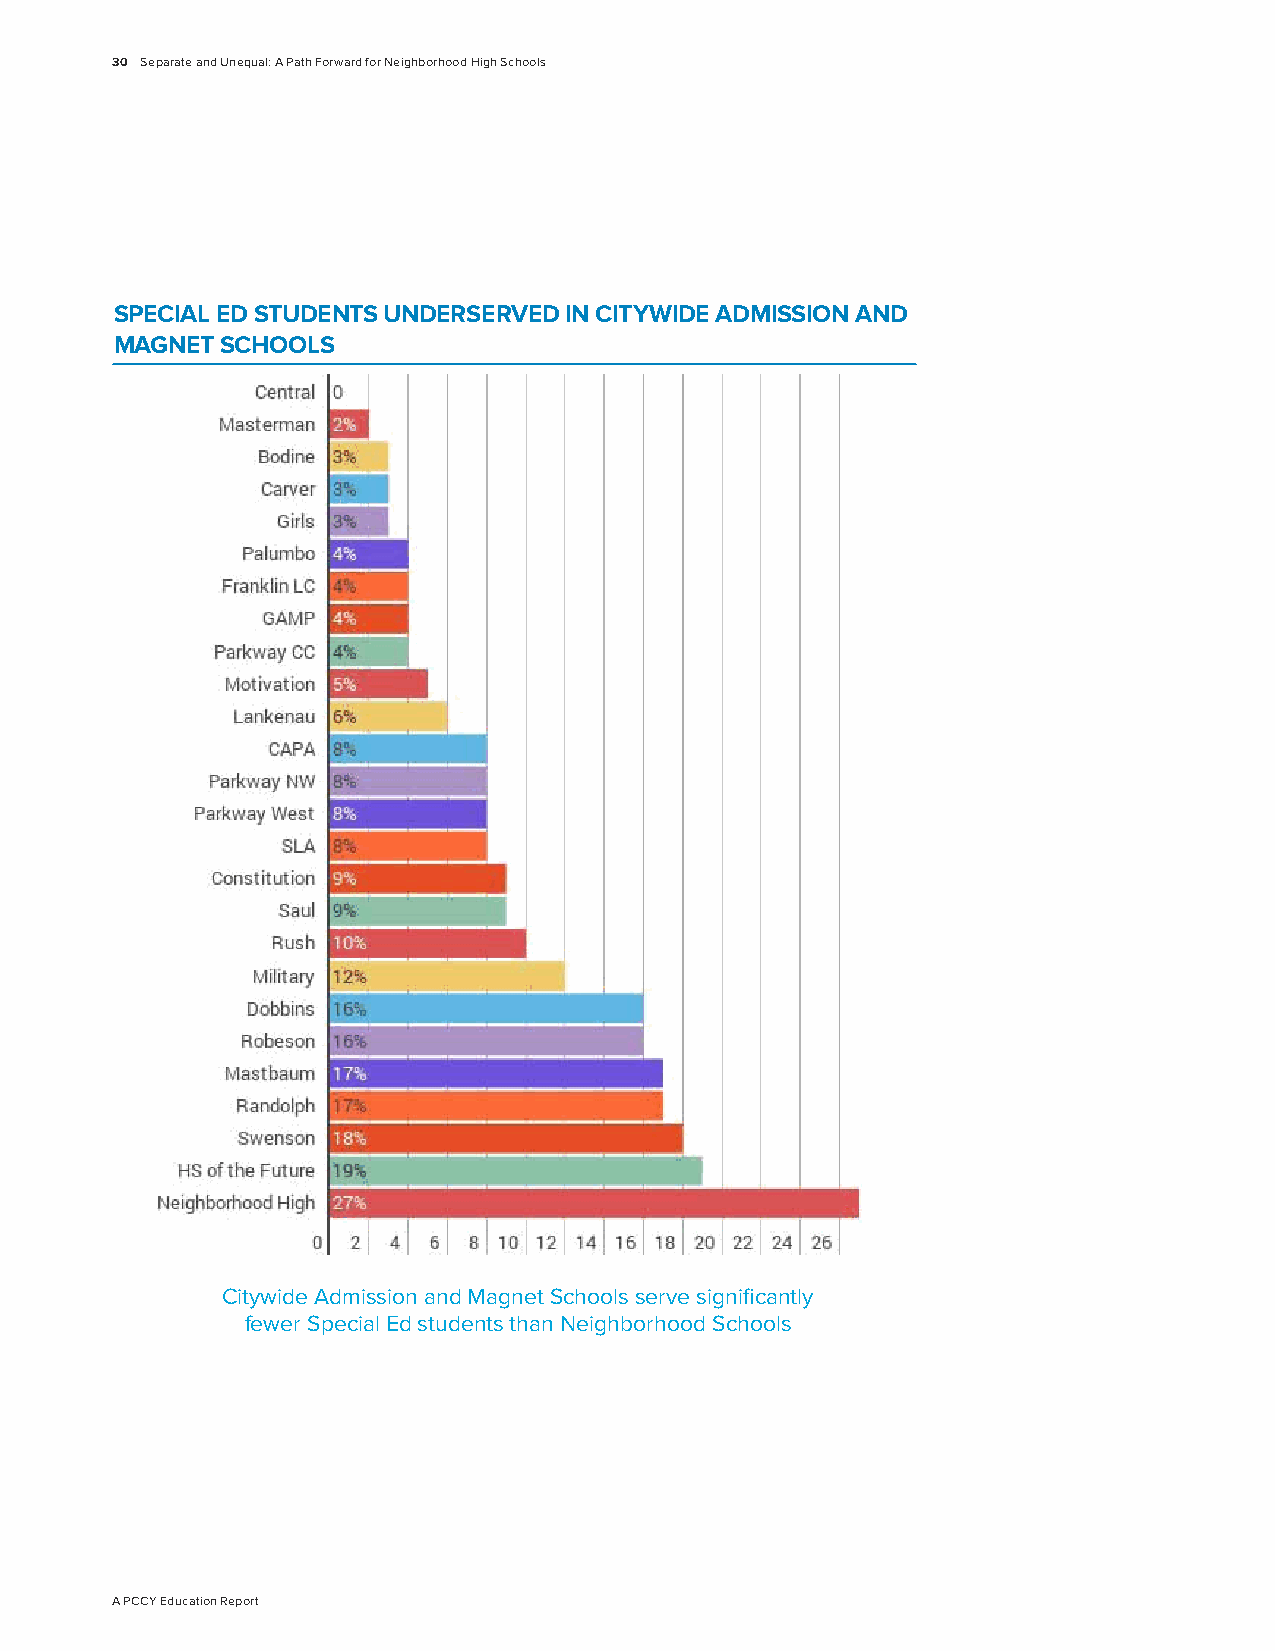
30 Separate and Unequal: A Path Forward for Neighborhood High Schools
 SPECIAL ED STUDENTS UNDERSERvED IN CITYWIDE ADMISSION AND
 MAGNET SCHOOLS
 Citywide Admission and Magnet Schools serve significantly
 fewer Special Ed students than Neighborhood Schools
 A PCCY Education Report